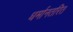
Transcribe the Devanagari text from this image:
धर्मानतरित